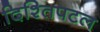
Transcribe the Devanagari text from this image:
दिश्तिपटल